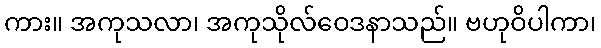
ကား။ အကုသလာ၊ အကုသိုလ်ဝေဒနာသည်။ ဗဟုဝိပါကာ၊